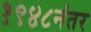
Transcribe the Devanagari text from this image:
१९४८नंतर